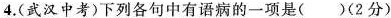
4.(武汉中考)下列各句中有语病的一项是()(2分)